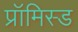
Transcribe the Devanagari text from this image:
प्रॉमिस्ड